Report of the Indian Hemp Drugs Commission, 1894-1895 - Volume VII
Year: 1894
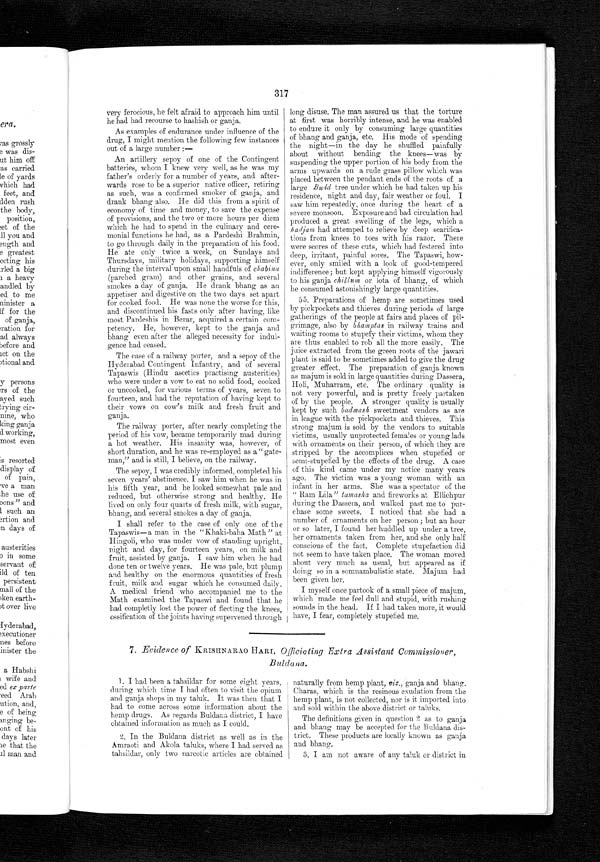
317
very ferocious, he felt afraid to approach him until
he had had recourse to hashish or ganja.
As examples of endurance under influence of the
drug, I might mention the following few instances
out of a large number :—
An artillery sepoy of one of the Contingent
batteries, whom I knew very well, as he was my
father's orderly for a number of years, and after-
wards rose to be a superior native officer, retiring
as such, was a confirmed smoker of ganja, and
drank bhang also. He did this from a spirit of
economy of time and money, to save the expense
of provisions, and the two or more hours per diem
which he had to spend in the culinary and cere-
monial functions he had, as a Pardeshi Brahmin,
to go through daily in the preparation of his food.
He ate only twice a week, on Sundays and
Thursdays, military holidays, supporting himself
d u r i n g t h e i n t e r v a l u p o n s ma l l h a n d f u l s o f c h a b i n a
(parched gram) and other grains, and several
smokes a day of ganja. He drank bhang as an
appetiser and digestive on the two days set apart
for cooked food. He was none the worse for this,
and discontinued his fasts only after having, like
most Pardeshis in Berar, acquired a certain com-
petency. He, however, kept to the ganja and
bhang even after the alleged necessity for indul-
gence had ceased.
The case of a railway porter, and a sepoy of the
Hyderabad Contingent Infantry, and of several
Tapaswis (Hindu ascetics practising austerities)
who were under a vow to eat no solid food, cooked
or uncooked, for various terms of years, seven to
fourteen, and had the reputation of having kept to
their vows on cow's milk and fresh fruit and
ganja.
The railway porter, after nearly completing the
period of his vow, became temporarily mad during
a hot weather. His insanity was, however, of
short duration, and he was re-employed as a " gate-
man," and is still, I believe, on the railway.
The sepoy, I was credibly informed, completed his
seven years' abstinence. I saw him when he was in
his fifth year, and he looked somewhat pale and
reduced, but otherwise strong and healthy. He
lived on only four quarts of fresh milk, with sugar,
bhang, and several smokes a day of ganja.
I shall refer to the case of only one of the
Tapaswis—a man in the "Khaki-baha Math " at
Hingoli, who was under vow of standing upright,
night and day, for fourteen years, on milk and
fruit, assisted by ganja. I saw him when he had
done ten or twelve years. He was pale, but plump
and healthy on the enormous quantities of fresh
fruit, milk and sugar which he consumed daily.
A medical friend who accompanied me to the
Math examined the Tapaswi and found that he
had completly lost the power of flecting the knees,
ossification of the joints having supervened through
long disuse. The man assured us that the torture
at first was horribly intense. , and he was enabled
to endure it only by consuming large quantities
of bhang and ganja, etc. His mode of spending
the night—in the day he shuffled painfully
about without bending the knees—was by
suspending the upper portion of his body from the
arms upwards on a rude grass pillow which was
placed between the pendant ends of the roots of a
large Budd tree under which he had taken up his
residence, night and day, fair weather or foul. I
saw him repeatedly, once during the heart of a
severe monsoon. Exposure and bad circulation had
produced a great swelling of the legs, which a
hadjam had attemped to relieve by deep scarifica-
tions from knees to toes with his razor. There
were scores of these cuts, which had festered into
deep, irritant, painful sores. The Tapaswi, how-
ever, only smiled with a look of good-tempered
indifference; but kept applying himself vigorously
to his ganja chillum or Iota of bhang, of which
he consumed astonishingly large quantities.
55. Preparations of hemp are sometimes used
by pickpockets and thieves during periods of large
gatherings of the people at fairs and places of pil-
grimage, also by bhamptas in railway trains and
waiting rooms to stupefy their victims, whom they
are thus enabled to rob all the more easily. The
juice extracted from the green roots of the jawari
plant is said to be sometimes added to give the drug
greater effect. The preparation of ganja known
as majum is sold in large quantities during Dassera,
Holi, Muharram, etc. The ordinary quality is
not very powerful, and is pretty freely partaken
of by the people. A stronger quality is usually
kept by such badmash, sweetmeat vendors as are
in league with the pickpockets and thieves. This
strong majum is sold by the vendors to suitable
victims, usually unprotected females or young lads
with ornaments on their person, of which they are
stripped by the accomplices when stupefied or
semi-stupefied by the effects of the drug. A case
of this kind came under my notice many years
ago. The victim was a young woman with an
infant in her arms. She was a spectator of the
" Rain Lila" tamasha and fireworks at Ellichpur
during the Dassera and walked Past
m e t o p u r - c h a s e s o m e s w e e t s . I n o t i c e d t h a t s h e h a d a
number of ornaments on her person ; but an hour
or so later, I found her huddled up under a tree,
her ornaments taken from her, and she only half
conscious of the fact. Complete stupefaction did
not seem to have taken place. The woman moved
about very much as usual, but appeared as if
doing so in a somnambulistic state. Majum had
been given her.
I myself once partook of a small piece of majum,
which made me feel dull and stupid, with rushing
sounds in the head. If I had taken more, it would
have, I fear, completely stupefied me.
7. Evidence of KRISHNARA0 HARI, Officiatiny Extra Assistant Commissioner,
Buldana.
1. I had been a tahsildar for some eight years,
during which time I had often to visit the opium
and ganja shops in my taluk. It was then that I
had to come across some information about the
hemp drugs. As regards Buldana district, I have
obtained information as much as I could.
2. In the Buldana district as well as in the
Amraoti and Akola taluks, where I had served as
tahsildar, only two narcotic articles are obtained
naturally from hemp plant, viz., ganja and bhang.
Charas, which is the resinous exudation from the
hemp plant, is not collected nor is it imported into
and sold within the above district or taluks.
The definitions given in question 2 as to ganja
and bhang may be accepted. for the Buldana dis-
trict. These products are locally known as ganja
and bhang.
3. I am not aware of any taluk or district in